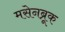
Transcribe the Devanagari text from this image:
मसेनब्रूक